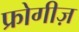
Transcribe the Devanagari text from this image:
फ्रोगीज़